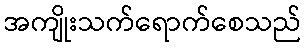
အကျိုးသက်ရောက်စေသည်